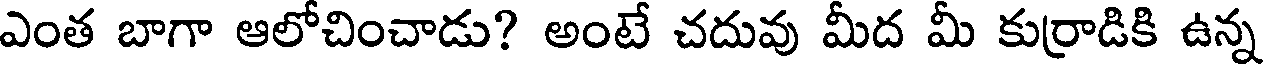
ఎంత బాగా ఆలోచించాడు? అంటే చదువు మీద మీ కుర్రాడికి ఉన్న